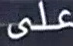
على